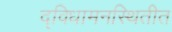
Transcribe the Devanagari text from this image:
द्विधामनस्थितीत